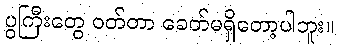
ပွကြီးတွေ ဝတ်တာ ခေတ်မရှိတော့ပါဘူး။